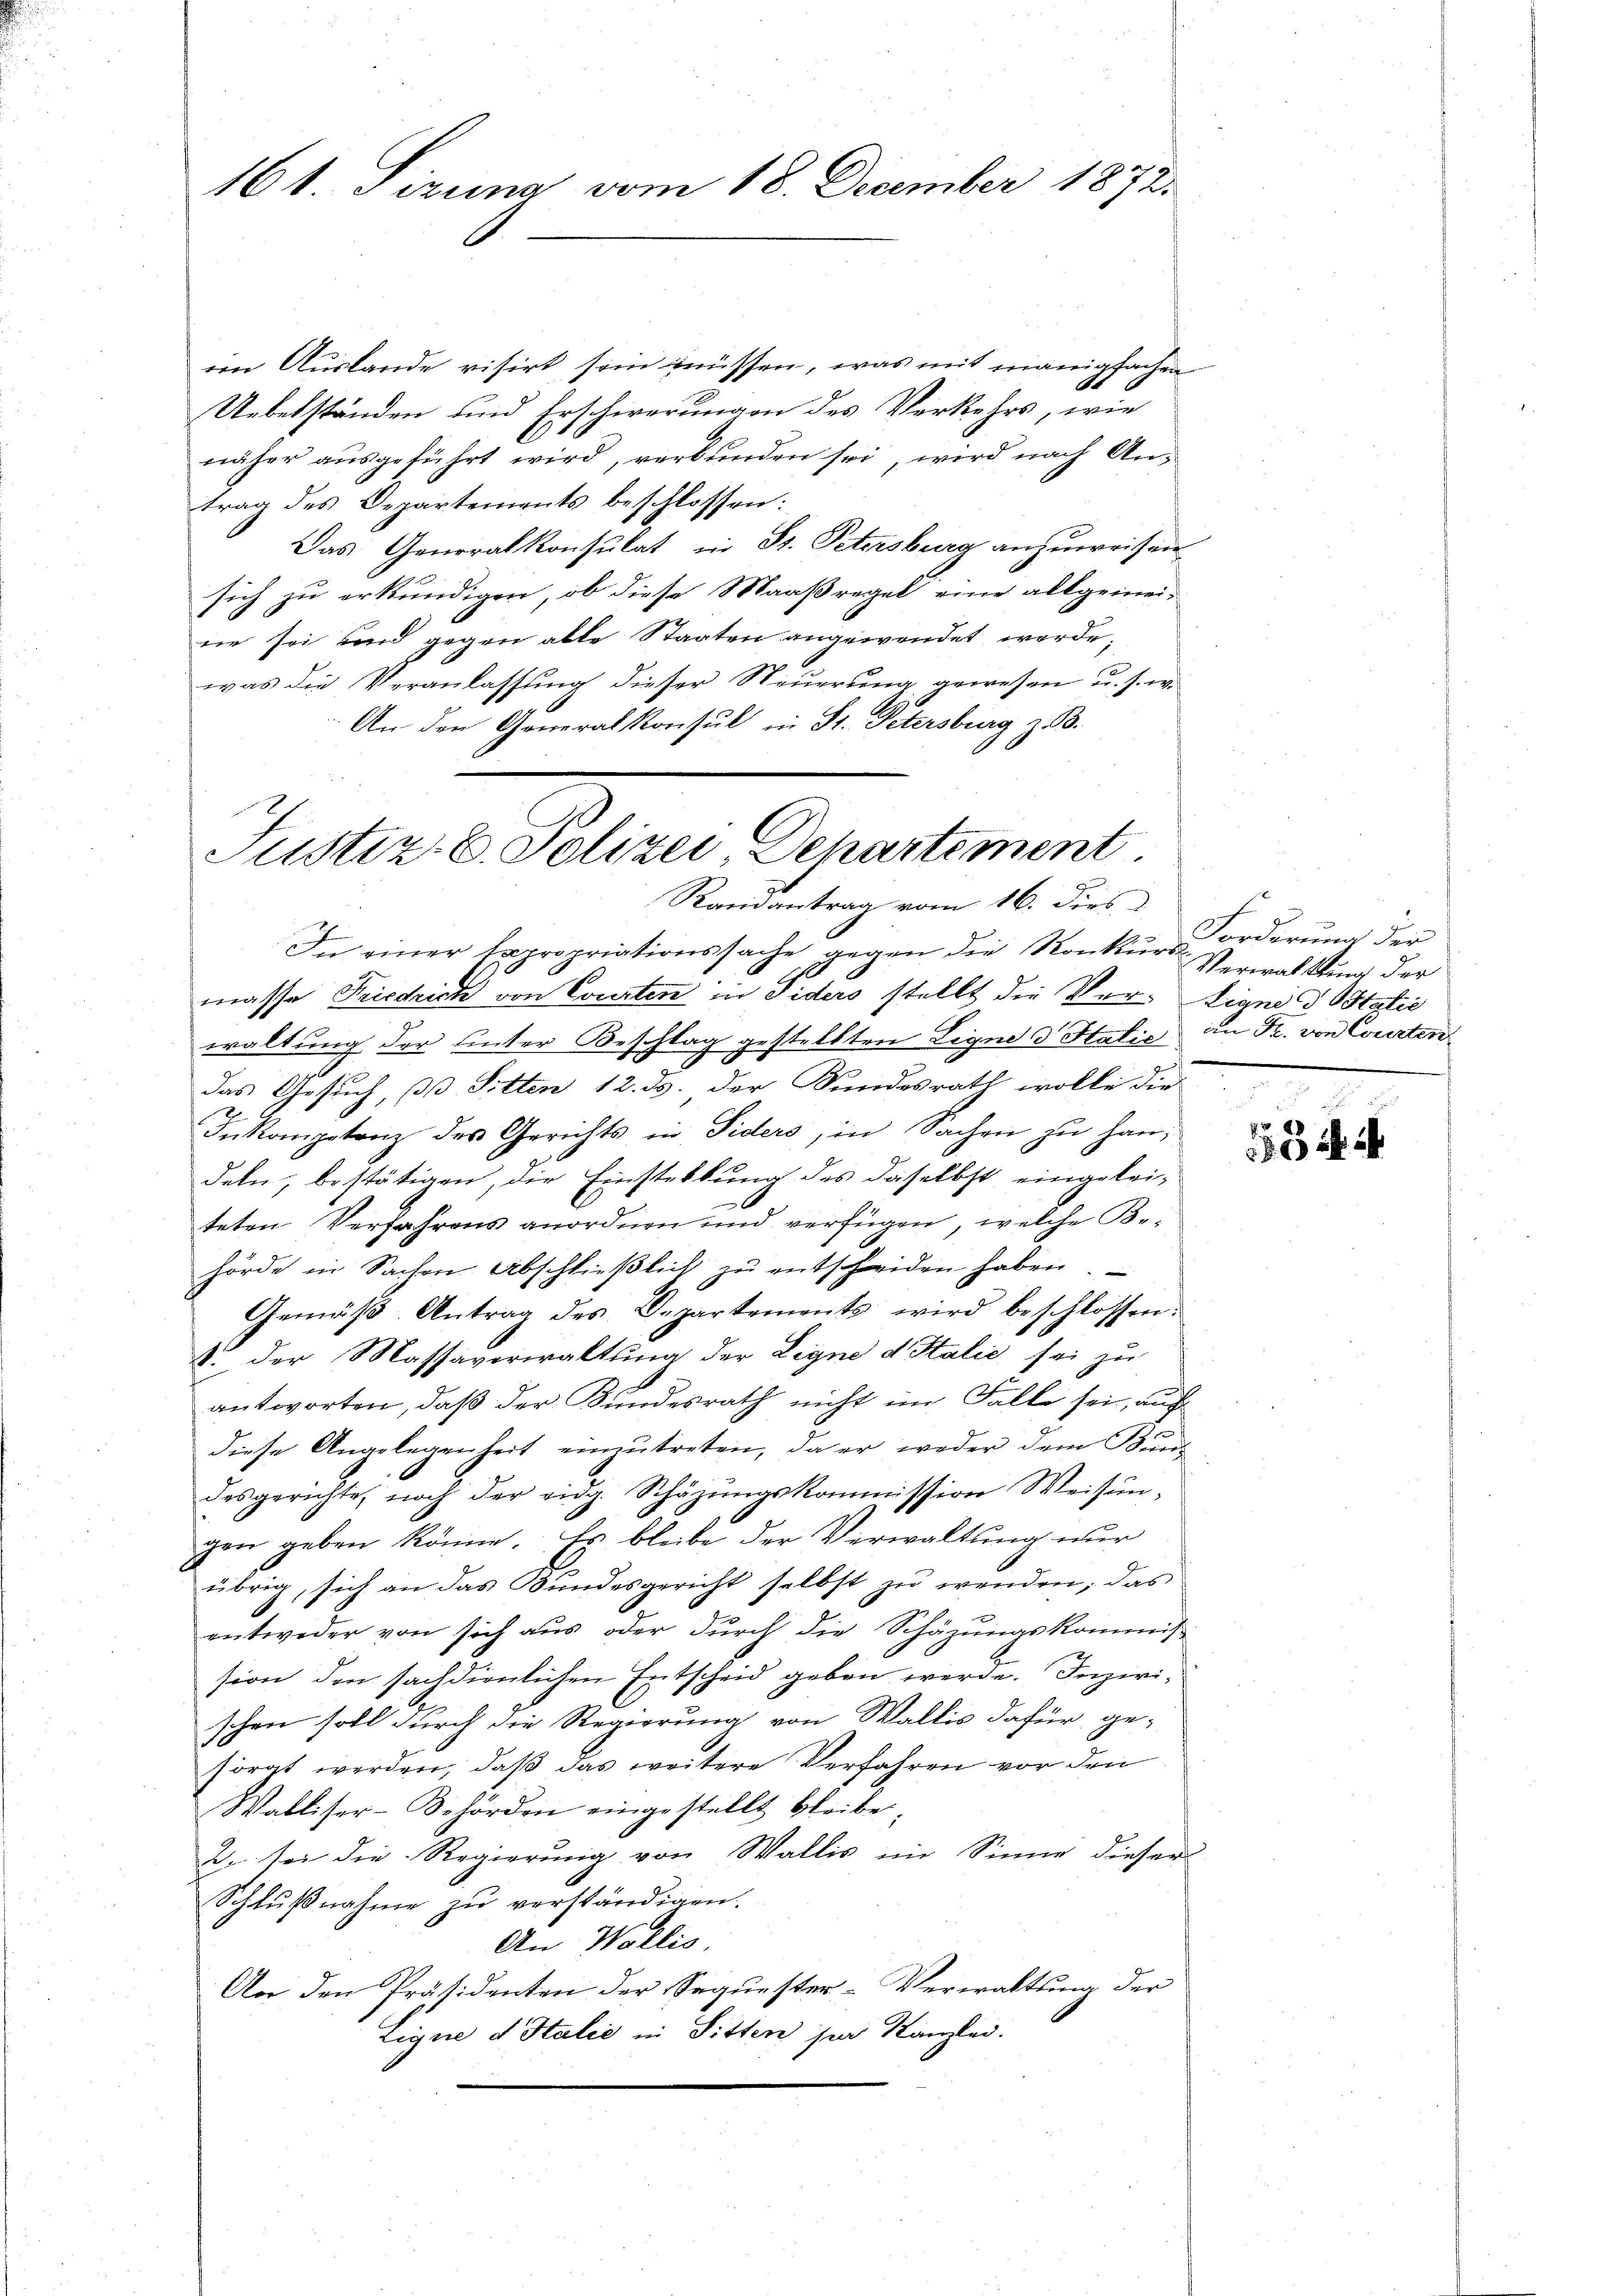
161. Sirung vom 18. December 1872.

im Auslande visirt sein müssen, was mit manigfachen
Uebelständen und Erschwerungen des Verkehrs, wie
näher aŭsgeführt wird, verbŭnden sei, wird nach Antrag des Departements beschlossen:
Das Generalkonsulat in St. Petersburg anzuweisen
sich zu erkundigen, ob diese Maaßregel eine allgemei-
ne sei und gegen able Staaten angewendet werde,
was die Veranlassung dieser Steuerung gewesen u. s. w.
An den Generalkonsul in St. Petersburg z. B.

Justiz- & Polizei Dehartement
Randantrag vom 16. dies

In einer Expropriationssache gegen die Konkurse
masse Friedrich von Courten in Fiders stellt die Ver- Eignes Statio
waltung der unter Beschlag gestellten Legne & Halie an Fr. von Courten
f
das Gesuch, pp. Sitten 12. ds. der Kundesrath wolle die
Inkompetenz des Gerichts in Fiders, in Sachen zu handeln, bestätigen, die Einstellung des daselbst eingeleiteten Verfahrens anordnen und verfügen, welche Be-
hörde in Sachen Abschließlich zu entscheiden haben.
Gemäβ-Antrag des Departements wird beschlossen:
1. Der Massaverwaltung der Ligne d. Salić sei zu
antworten, daß der Bundesrath nicht im Falle sei, auch
diese Angelegenheit einzŭtreten, da er weder dem Bund
desgerichte, noch der eidg. Schäzŭngskommission Weisen-
gen geben könne. Es bleibe der Verwaltung nur
übrig, sich an das Bundesgericht selbst zu wenden, das
entweder von sich aus oder durch die Schäzungskommis-
sion den sackdienlichen Entscheid geben werde. Inzwi-
schen soll durch die Regierung von Wallis dafür ge-
sorgt werden, daß das weitere Verfahren vor den
Walliser-Behörden eingestellt bleibe,
Z. sei die Regierung von Wallis im Sinne dieser
Schlußnahme zu verständigen.
An Wollis,
An den Präsidenten der Sequester-Verwaltung der
Eigne d. Stalić in Sitten sie Kanzlei.

Forderung der
Verwaltung der

158 f 4